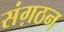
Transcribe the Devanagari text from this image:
संग़ठन